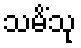
သမိံသု